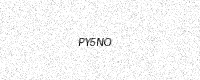
Text: PY5NO